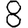
Digit: 8